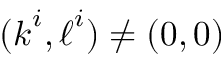
( \boldsymbol { k } ^ { i } , \boldsymbol { \ell } ^ { i } ) \neq ( \boldsymbol { 0 } , \boldsymbol { 0 } )